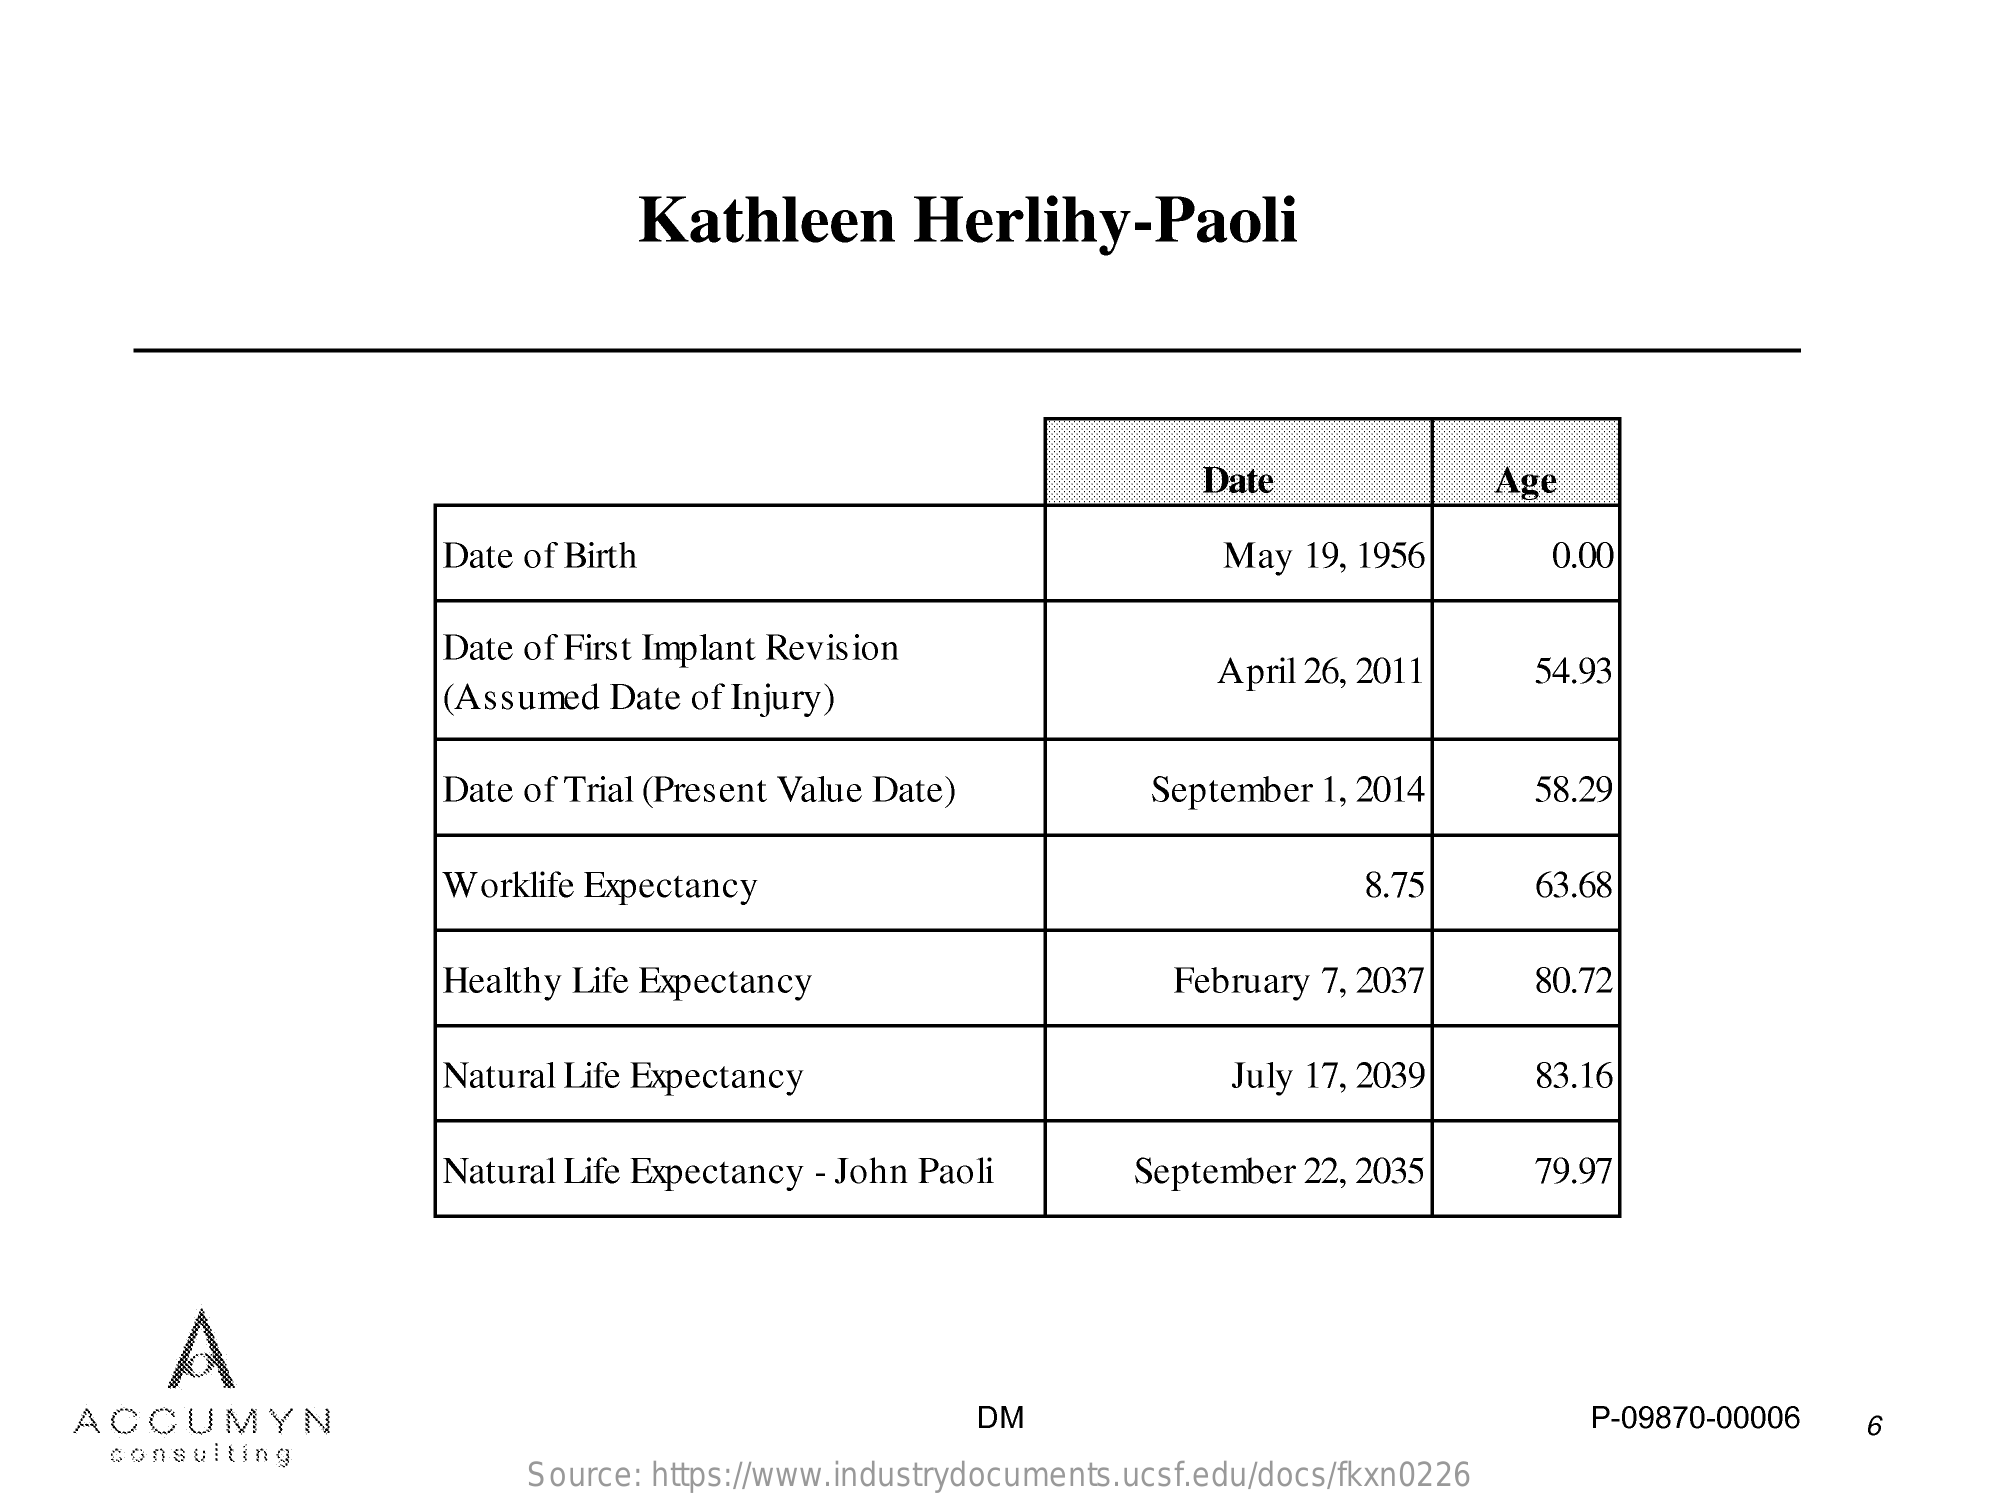
Kathleen    Herlihy-Paoli
     Date    Age
     Date of Birth    May  19, 1956    0.00
     Date of First Implant Revision
     (Assumed  Date of Injury)
     April 26, 2011    54.93
     Date of Trial (Present Value Date)    September  1, 2014    58.29
     Worklife Expectancy    8.75    63.68
     Healthy Life Expectancy    February 7, 2037    80.72
     Natural Life Expectancy    July 17, 2039    83.16
     Natural Life Expectancy - John Paoli    September  22, 2035    79.97
     A
     ACCUMYN    DM    P-09870-00006    6
     consulting
     Source: https://www.industrydocuments.ucsf.edu/docs/fkxn0226